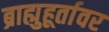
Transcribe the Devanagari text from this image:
ब्राह्मुहूर्तावर